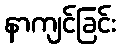
နာကျင်ခြင်း